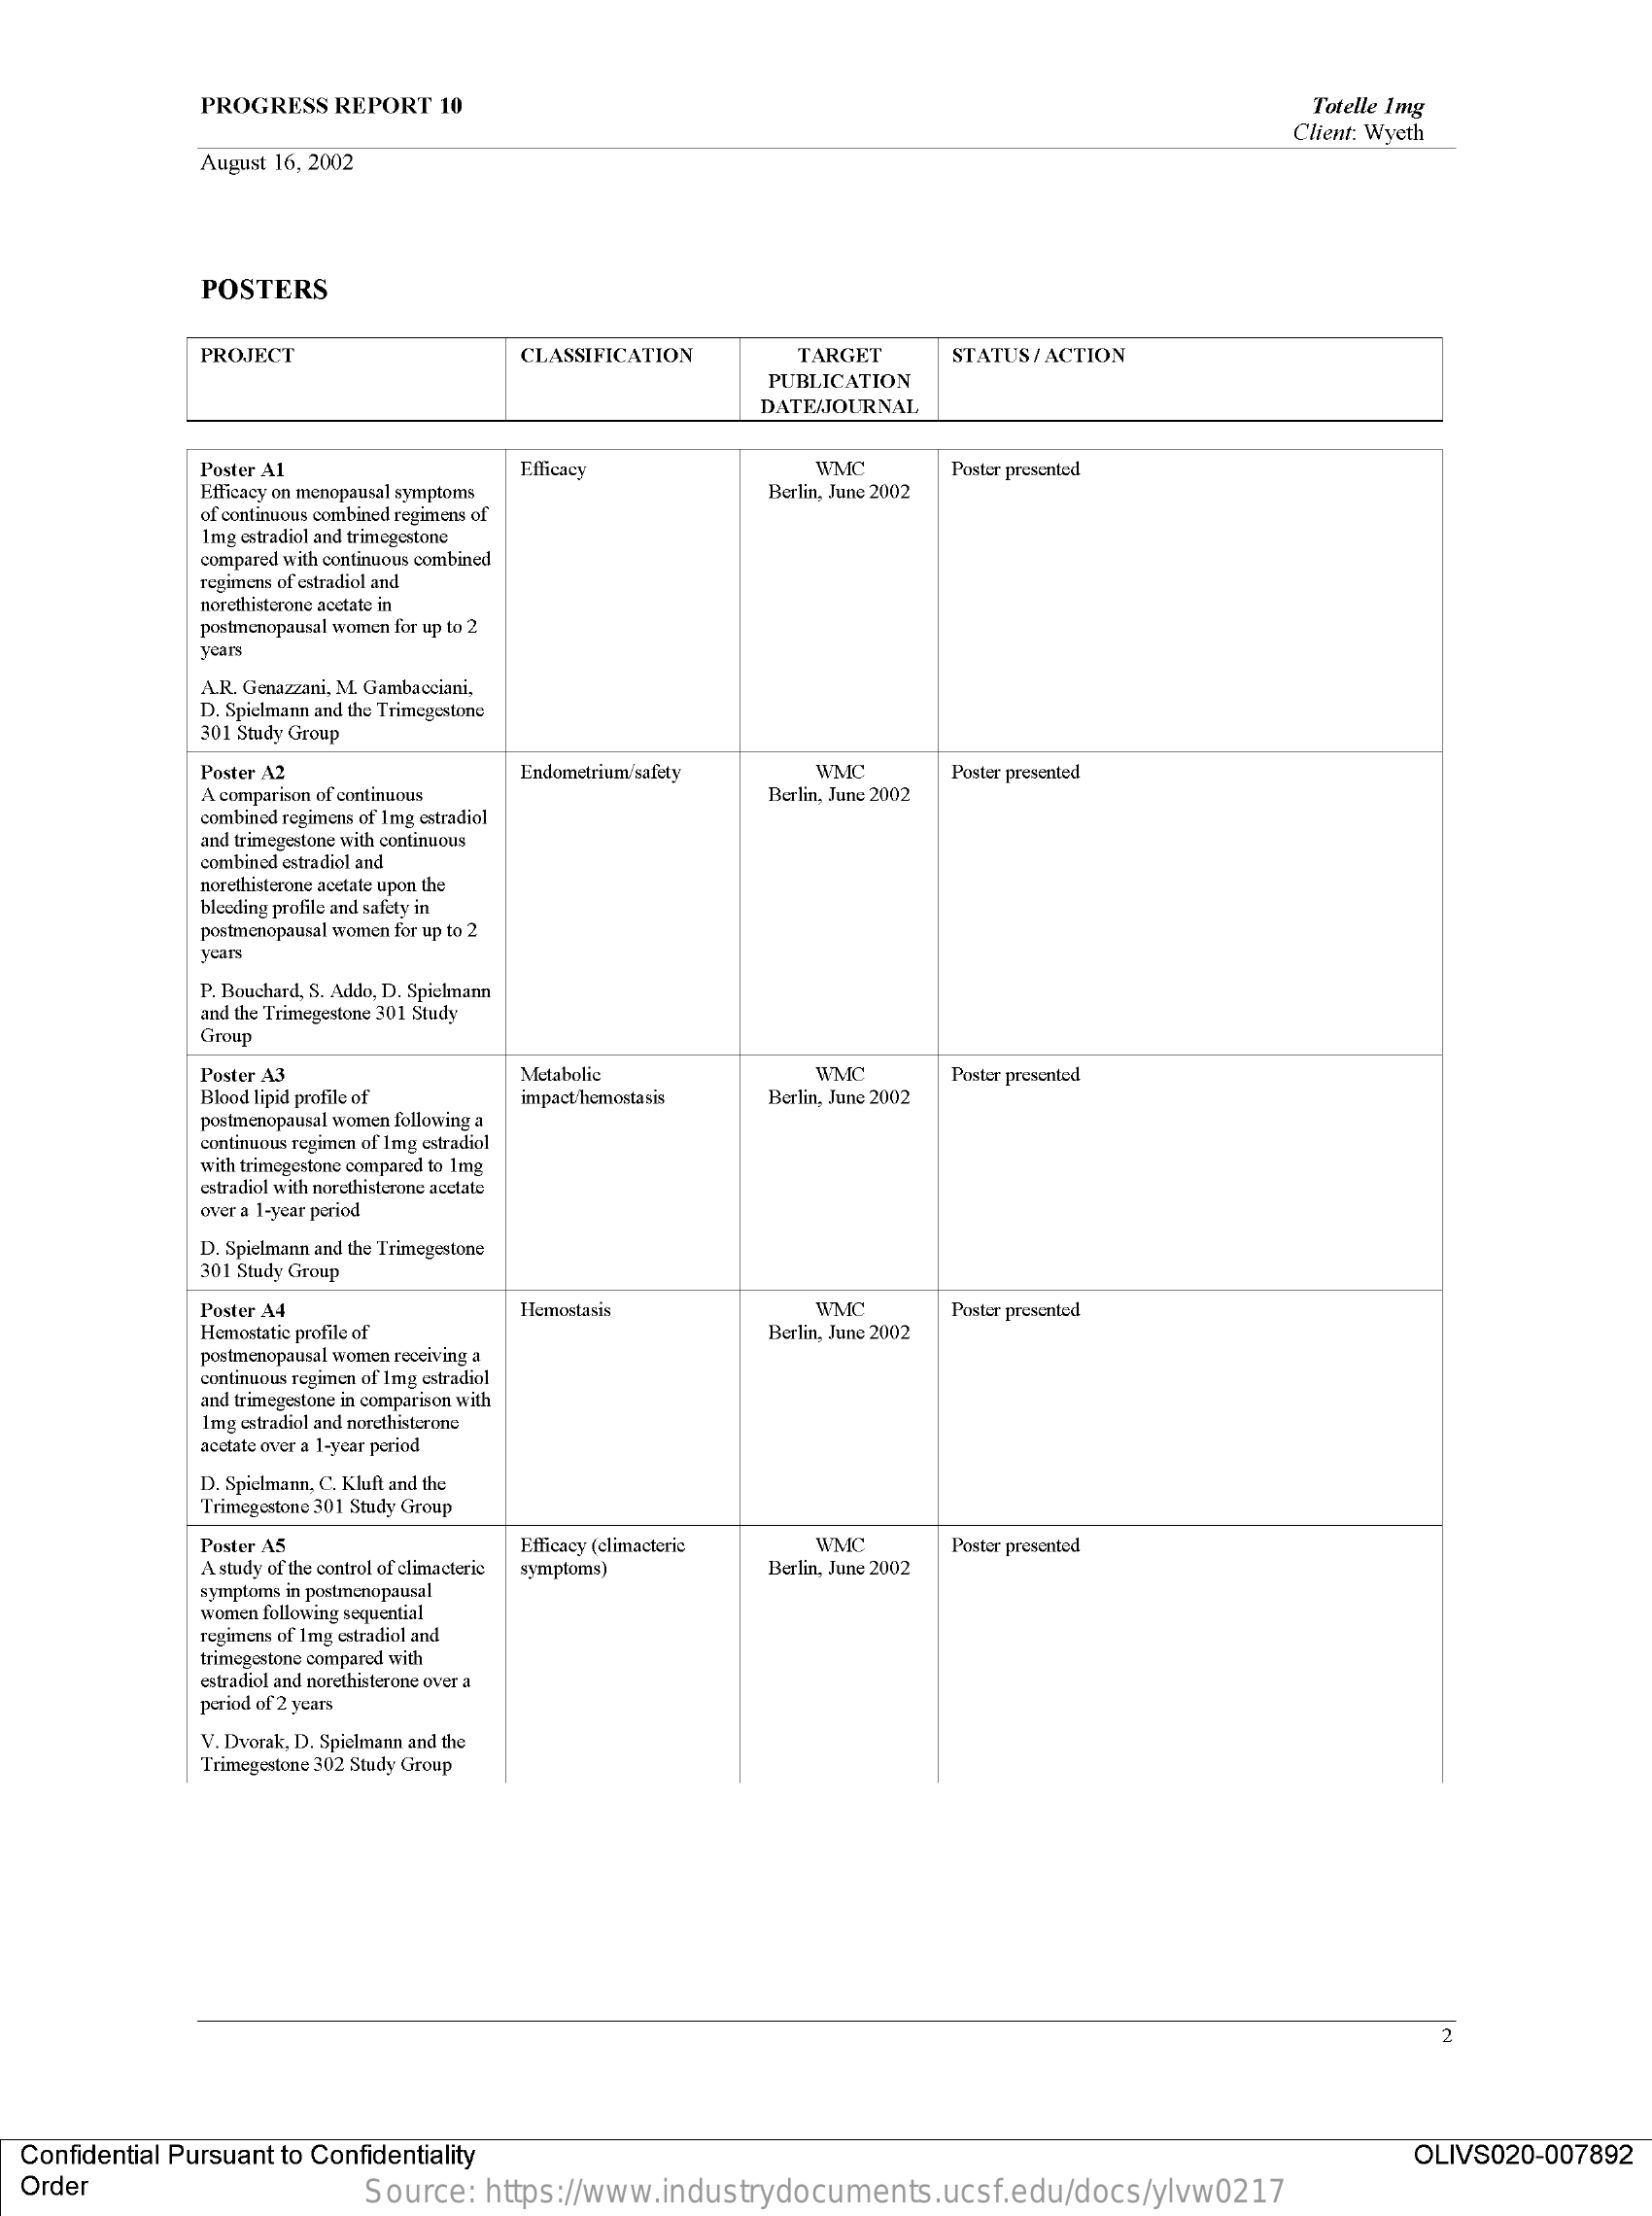
PROGRESS REPORT 10    Totelle 1mg
     Client: Wyeth
     August 16, 2002
     POSTERS
     PROJECT    CLASSIFICATION TARGET STATUS/ ACTION
     PUBLICATION
     DATE/JOURNAL
     Poster A1    Efficacy    WMC
     Efficacy on menopausal symptoms Berlin, June 2002
     Poster presented
     of continuous combined regimens of
     Img estradiol and trimegestone
     compared with continuous combined
     regimens of estradiol and
     norethisterone acetate in
     postmenopausal women for up to 2
     years
     A.R. Genazzani, M. Gambacciani,
     D. Spielmann and the Trimegestone
     301 Study Group
     Poster A2    Endometrium/safety WMC
     A comparison of continuous
     Poster presented
     Berlin, June 2002
     combined regimens of 1mg estradiol
     and trimegestone with continuous
     combined estradiol and
     norethisterone acetate upon the
     bleeding profile and safety in
     postmenopausal women for up to 2
     years
     P. Bouchard, S. Addo, D. Spielmann
     and the Trimegestone 301 Study
     Group
     Poster A3
     Blood lipid profile of
     Metabolic    WMC
     Berlin, June 2002
     Poster presented
     postmenopausal women following a
     impact/hemostasis
     continuous regimen of Img estradiol
     with trimegestone compared to 1mg
     estradiol with norethisterone acetate
     over a 1-year period
     D. Spielmann and the Trimegestone
     301 Study Group
     Poster A4    WMC
     Hemostatic profile of
     Hemostasis
     Berlin, June 2002
     Poster presented
     postmenopausal women receiving a
     continuous regimen of 1mg estradiol
     and trimegestone in comparison with
     Img estradiol and norethisterone
     acetate over a 1-year period
     D. Spielmann, C. Kluft and the
     Trimegestone 301 Study Group
     Poster AS
     A study of the control of climacteric
     Efficacy (climacteric WMC
     Berlin, June 2002
     Poster presented
     symptoms)
     symptoms in postmenopausal
     women following sequential
     regimens of Img estradiol and
     trimegestone compared with
     estradiol and norethisterone over a
     period of 2 years
     V. Dvorak, D. Spielmann and the
     Trimegestone 302 Study Group
  Confidential Pursuant to Confidentiality    OLIVS020-007892
  Order    Source: https://www.industrydocuments.ucsf.edu/docs/ylvw0217